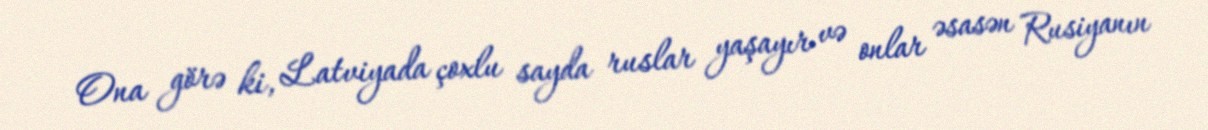
Ona görə ki, Latviyada çoxlu sayda ruslar yaşayır və onlar əsasən Rusiyanın